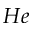
H e